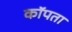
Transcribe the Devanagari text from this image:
कॉपता